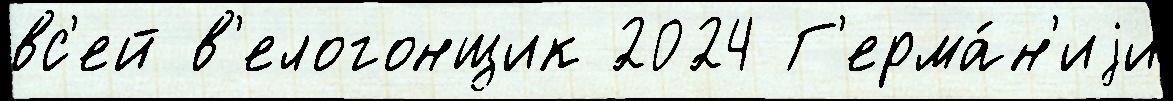
вс'ей в'елогонщик 2024 Г'ерма́н'иjи